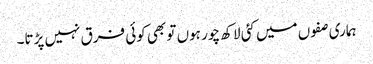
ہماری صفوں میں کئی لاکھ چور ہوں تو بھی کوئی فرق نہیں پڑتا۔